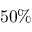
5 0 \%